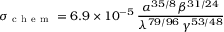
\sigma _ { \mathrm { ~ c ~ h ~ e ~ m ~ } } = 6 . 9 \times 1 0 ^ { - 5 } \, \frac { \alpha ^ { 3 5 / 8 } \, \beta ^ { 3 1 / 2 4 } } { \lambda ^ { 7 9 / 9 6 } \, \gamma ^ { 5 3 / 4 8 } }